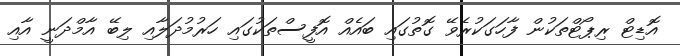
އޮޑިޓް ރިޕޯޓްތަކުން ފާހަގަކުރެވޭ ގޮތުގައި ބައެއް އޮފީސްތަކުގައި ހަރުމުދަލާއި ލިބޭ އާމްދަނީ އާއި